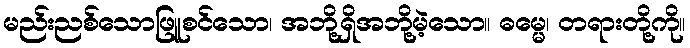
မည်းညစ်သောဖြူစင်သော၊ အဘို့ရှိအဘို့မဲ့သော။ ဓမ္မေ၊ တရားတို့ကို။